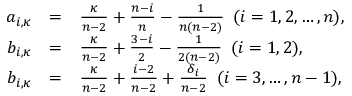
\begin{array} { r c l } { { a _ { i , \kappa } } } & { { = } } & { { \frac { \kappa } { n - 2 } + \frac { n - i } { n } - \frac { 1 } { n ( n - 2 ) } \, \, \, ( i = 1 , 2 , \dots , n ) , } } \\ { { b _ { i , \kappa } } } & { { = } } & { { \frac { \kappa } { n - 2 } + \frac { 3 - i } { 2 } - \frac { 1 } { 2 ( n - 2 ) } \, \, \, ( i = 1 , 2 ) , } } \\ { { b _ { i , \kappa } } } & { { = } } & { { \frac { \kappa } { n - 2 } + \frac { i - 2 } { n - 2 } + \frac { \delta _ { i } } { n - 2 } \, \, \, ( i = 3 , \dots , n - 1 ) , } } \end{array}